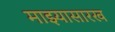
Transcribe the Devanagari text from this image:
माझ्यासारख